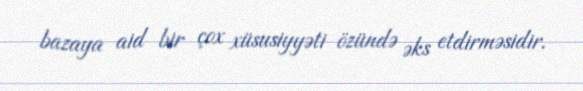
bazaya aid bir çox xüsusiyyəti özündə əks etdirməsidir.